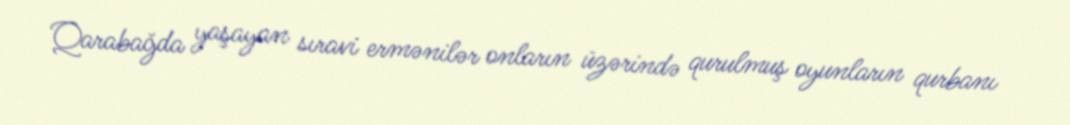
Qarabağda yaşayan sıravi ermənilər onların üzərində qurulmuş oyunların qurbanı